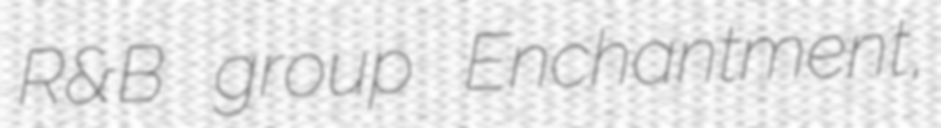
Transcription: R&B group Enchantment,